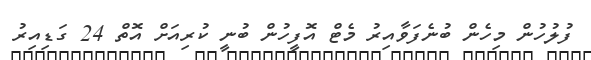
ފުލުހުން މިހެން ބުނެފަވާއިރު މެޓް އޮފީހުން ބުނީ ކުރިއަށް އޮތް 24 ގަޑިއިރު